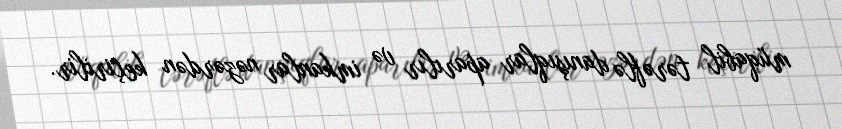
müqabil tərəflə danışıqlar aparılır və imkanlar nəzərdən keçirilir.